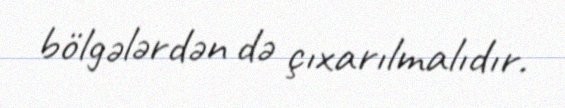
bölgələrdən də çıxarılmalıdır.